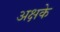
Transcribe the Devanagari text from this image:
अक्षके